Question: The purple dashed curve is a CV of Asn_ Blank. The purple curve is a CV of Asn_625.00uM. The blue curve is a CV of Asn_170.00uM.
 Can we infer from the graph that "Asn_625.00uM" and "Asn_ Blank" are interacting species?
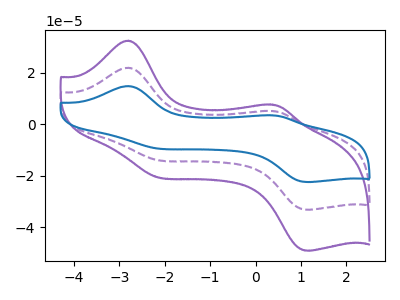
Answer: <think>The purple dashed curve "Asn_ Blank" has anodic peaks at (-2.80V, 22.00uA) (0.35V, 5.20uA) and cathodic peaks at (-2.25V, -13.65uA) (1.10V, -33.20uA). The purple curve "Asn_625.00uM" has anodic peaks at (-2.80V, 32.60uA) (0.35V, 7.70uA) and cathodic peaks at (-2.25V, -20.20uA) (1.10V, -49.15uA). The blue curve "Asn_170.00uM" has anodic peaks at (-2.80V, 44.05uA) (0.35V, 10.40uA) and cathodic peaks at (-2.25V, -27.30uA) (1.10V, -66.40uA).
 All the peaks in "Asn_625.00uM" have a peak in "Asn_ Blank" at the same potential. Every peak in "Asn_625.00uM" is higher than every peak in "Asn_ Blank".</think>
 <answer>No, "Asn_625.00uM" and "Asn_ Blank" don't appear to be significantly different in shape</answer>
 <eval>no_change</eval>